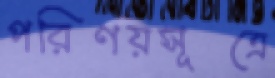
পরিণয়সূত্রে